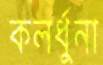
কলর্ধুনা